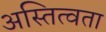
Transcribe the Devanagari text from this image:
अस्तित्वता